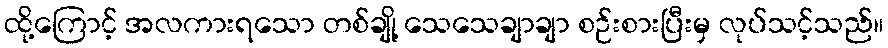
ထို့ကြောင့် အလကားရသော တစ်ချို့ သေသေချာချာ စဉ်းစားပြီးမှ လုပ်သင့်သည်။